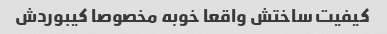
کیفیت ساختش واقعا خوبه مخصوصا کیبوردش